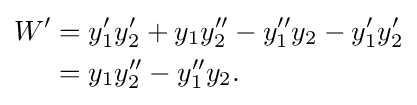
{\begin{aligned}W'&=y_{1}'y_{2}'+y_{1}y_{2}''-y_{1}''y_{2}-y_{1}'y_{2}'\\&=y_{1}y_{2}''-y_{1}''y_{2}.\end{aligned}}